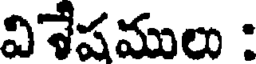
విశేషములు :